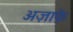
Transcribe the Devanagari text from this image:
अज़ाफ़े